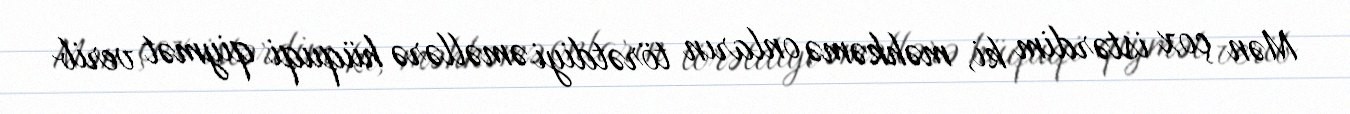
Mən çox istərdim ki, məhkəmə onların törətdiyi əməllərə hüquqi qiymət verib